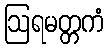
ဩရမတ္တကံ